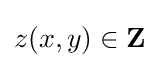
z(x,y)\in \mathbf {Z}